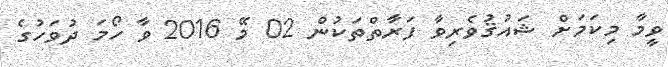
ވީމާ މިކަމަށް ޝައުޤުވެރިވާ ފަރާތްތަކުން 02 މޭ 2016 ވާ ހޯމަ ދުވަހުގެ